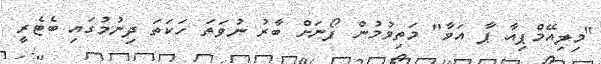
"މިލިއޭމްޕިއާ ޕާ އަވާ" މަތިވުމުން ފޯނަށް ބާރު ނުވަތަ ހަކަތަ ދިނުމުގައި ބެޓެރީ